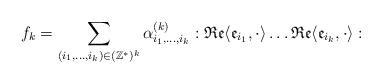
LaTeX: \begin{align*} f_k=\sum_{(i_1,\dots, i_k)\in (\mathbb{Z}^*)^k}\alpha_{i_1,\dots,i_k}^{(k)}:\mathfrak{Re}\langle \mathfrak{e}_{i_1},\cdot \rangle\dots \mathfrak{Re}\langle \mathfrak{e}_{i_k},\cdot \rangle:\end{align*}